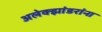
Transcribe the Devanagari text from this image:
अलेक्झांडरांना